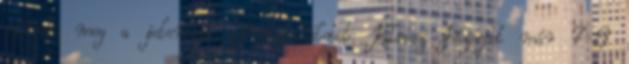
növeli meg a jelenlegi gyártófelületet. Kleisz Józsefet már 7-8